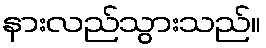
နားလည်သွားသည်။